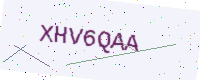
Text: XHV6QAA